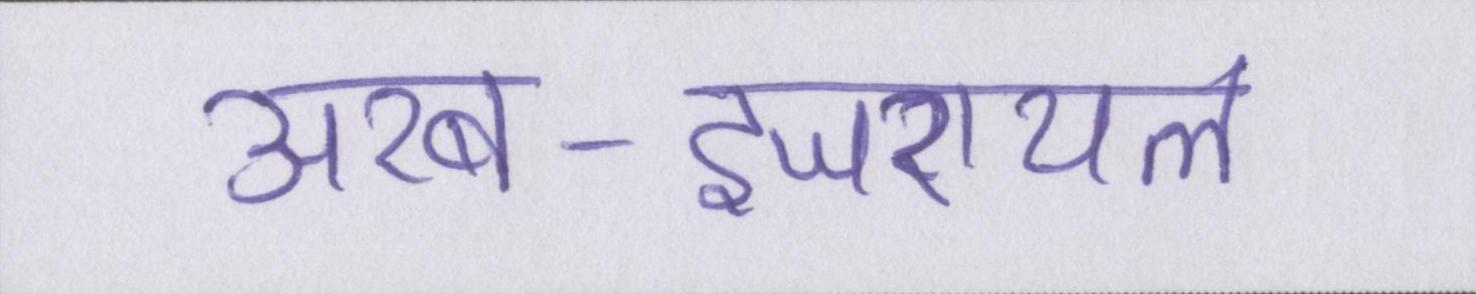
अरब-इजरायल